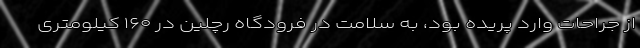
از جراحات وارد پریده بود، به سلامت در فرودگاه رچلین در ۱۶۰ کیلومتری